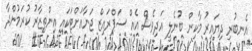
އެނބުރި ދިޔައިރު މާކިން ބުނެލީ އަދިވެސް އެއް ސަޕްރައިޒް ޖަނާއަށްޓަކައި އިންތިޒާރު ކުރަމުންދާ